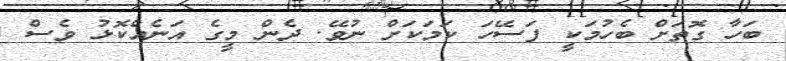
ބަހާ ގޮތަށް ބެހުމަކީ ފަސޭހަ ކަމަކަށް ނުވޭ. ދެން މީގެ އަނެއްކޮޅު ވެސް